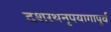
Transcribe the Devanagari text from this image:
दशरथनृपयागापूर्व